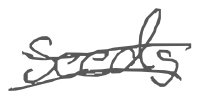
Text: seeds
Cross-out: double-line
Writing tool: digital_gray